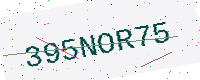
Text: 395NOR75